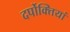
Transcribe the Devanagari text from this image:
दर्पोक्तियां